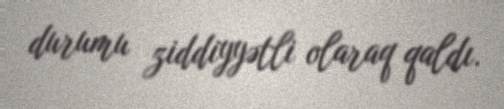
durumu ziddiyyətli olaraq qaldı.